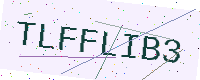
Text: TLFFLIB3